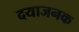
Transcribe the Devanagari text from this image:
दयाजनक